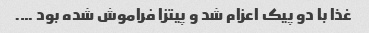
غذا با دو پیک اعزام شد و پیتزا فراموش شده بود ….